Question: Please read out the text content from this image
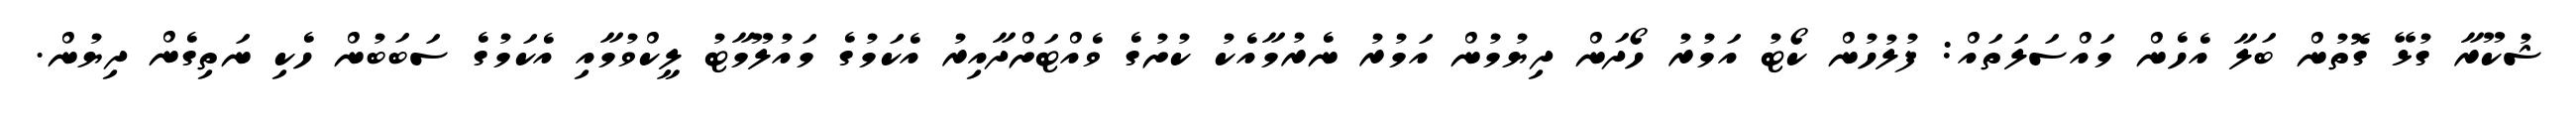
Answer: ޝުކޫރާ ގުޅޭ ގޮތުން ބަލާ އެހެން މައްސަލަތައް: ފުލުހުން ކޯޓު އަމުރު ހޯދަން ދިޔުމުން އަމުރު ނެރުމާއެކު ކުށުގެ ވެއްޓަށްދާއިރު އެކަމުގެ މައުލޫމާޓު ލީކްވުމާއި އެކަމުގެ ސަބަބުން ހެކި ނަތިގެން ދިޔުން.